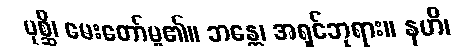
ပုစ္ဆိ၊ မေးတော်မူ၏။ ဘန္တေ၊ အရှင်ဘုရား။ နဟိ၊